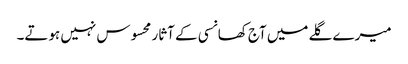
میرے گلے میں آج کھانسی کے آثار محسوس نہیں ہوتے۔